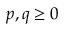
p , q \ge 0